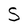
Character: S